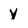
Character: Y